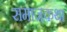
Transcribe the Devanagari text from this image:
समाजकथा